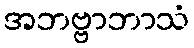
အဘဗ္ဗာဘာသံ